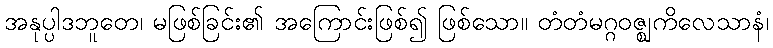
အနုပ္ပါဒဘူတေ၊ မဖြစ်ခြင်း၏ အကြောင်းဖြစ်၍ ဖြစ်သော။ တံတံမဂ္ဂဝဇ္ဈကိလေသာနံ၊